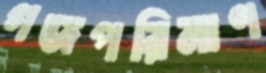
গজপরিমাণ